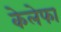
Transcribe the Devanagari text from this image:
केलेफा